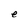
Character: e